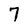
Character: 7